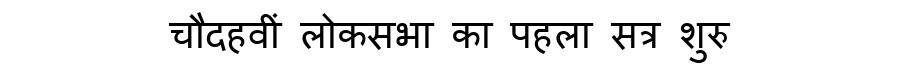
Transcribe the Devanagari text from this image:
चौदहवीं लोकसभा का पहला सत्र शुरु